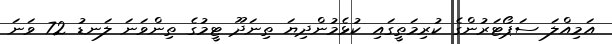
އަމިއްލަ ސަޕޯޓަރުންގެ ކުރިމަތީގައި ކުޅެމުންދިޔަ ތިނަދޫ ޓީމުގެ ތިންވަނަ ލަނޑު 72 ވަނަ